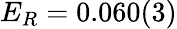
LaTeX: E_{R}=0.060(3)